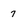
Character: 7